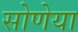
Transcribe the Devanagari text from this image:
सोणेया